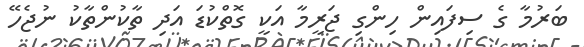
ބަރުމާ ގެ ސިފައިން ހިންގި ޖަރީމާ އަކީ ގޮތްކުޑަ އަދި ތާކުންތާކު ނުޖެހޭ